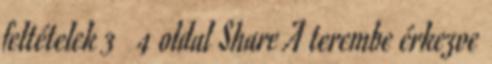
feltételek 3 4 oldal Share A terembe érkezve